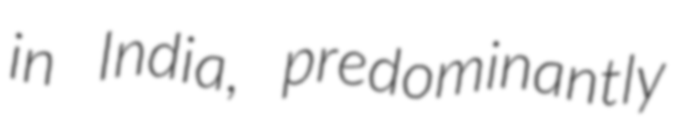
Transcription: in India, predominantly